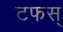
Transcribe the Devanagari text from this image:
टफस्